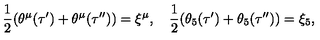
\frac 1 2 ( \theta ^ { \mu } ( \tau ^ { \prime } ) + \theta ^ { \mu } ( \tau ^ { \prime \prime } ) ) = \xi ^ { \mu } , \quad \frac 1 2 ( \theta _ { 5 } ( \tau ^ { \prime } ) + \theta _ { 5 } ( \tau ^ { \prime \prime } ) ) = \xi _ { 5 } ,